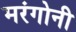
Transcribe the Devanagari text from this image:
मरंगोनी